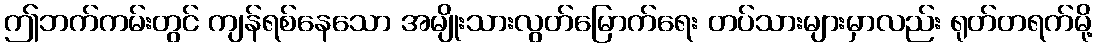
ဤဘက်ကမ်းတွင် ကျန်ရစ်နေသော အမျိုးသားလွတ်မြောက်ရေး တပ်သားများမှာလည်း ရုတ်တရက်မို့